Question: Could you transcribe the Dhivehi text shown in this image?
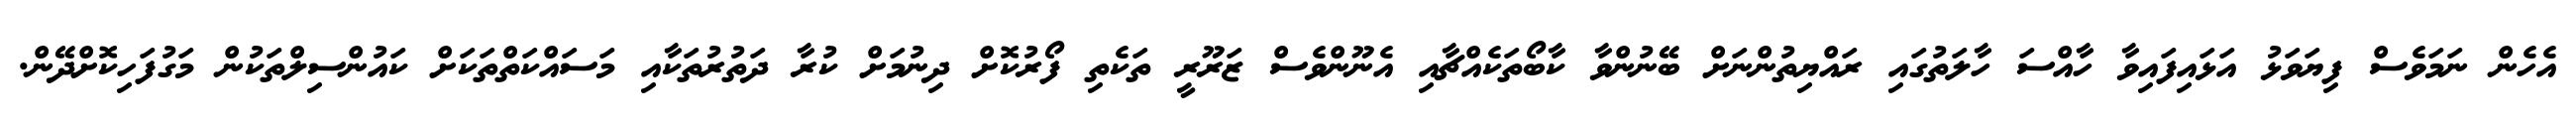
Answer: އެހެން ނަމަވެސް ފިޔަވަޅު އަޅައިފައިވާ ހާއްސަ ހާލަތުގައި ރައްޔިތުންނަށް ބޭނުންވާ ކާބޯތަކެއްޗާއި އެނޫންވެސް ޒަރޫރީ ތަކެތި ފޯރުކޮށް ދިނުމަށް ކުރާ ދަތުރުތަކާއި މަސައްކަތްތަކަށް ކައުންސިލްތަކުން މަގުފަހިކޮށްދޭން.